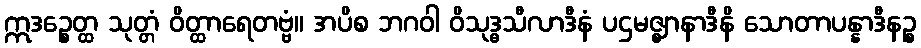
ဣဒဉ္စေတ္ထ သုတ္တံ ဝိတ္ထာရေတဗ္ဗံ။ အပိစ ဘဂဝါ ဝိသုဒ္ဓသီလာဒီနံ ပဌမဇ္ဈာနာဒီနိ သောတာပန္နာဒီနဉ္စ